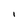
Character: l